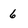
Character: 6